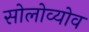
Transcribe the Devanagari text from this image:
सोलोव्योव